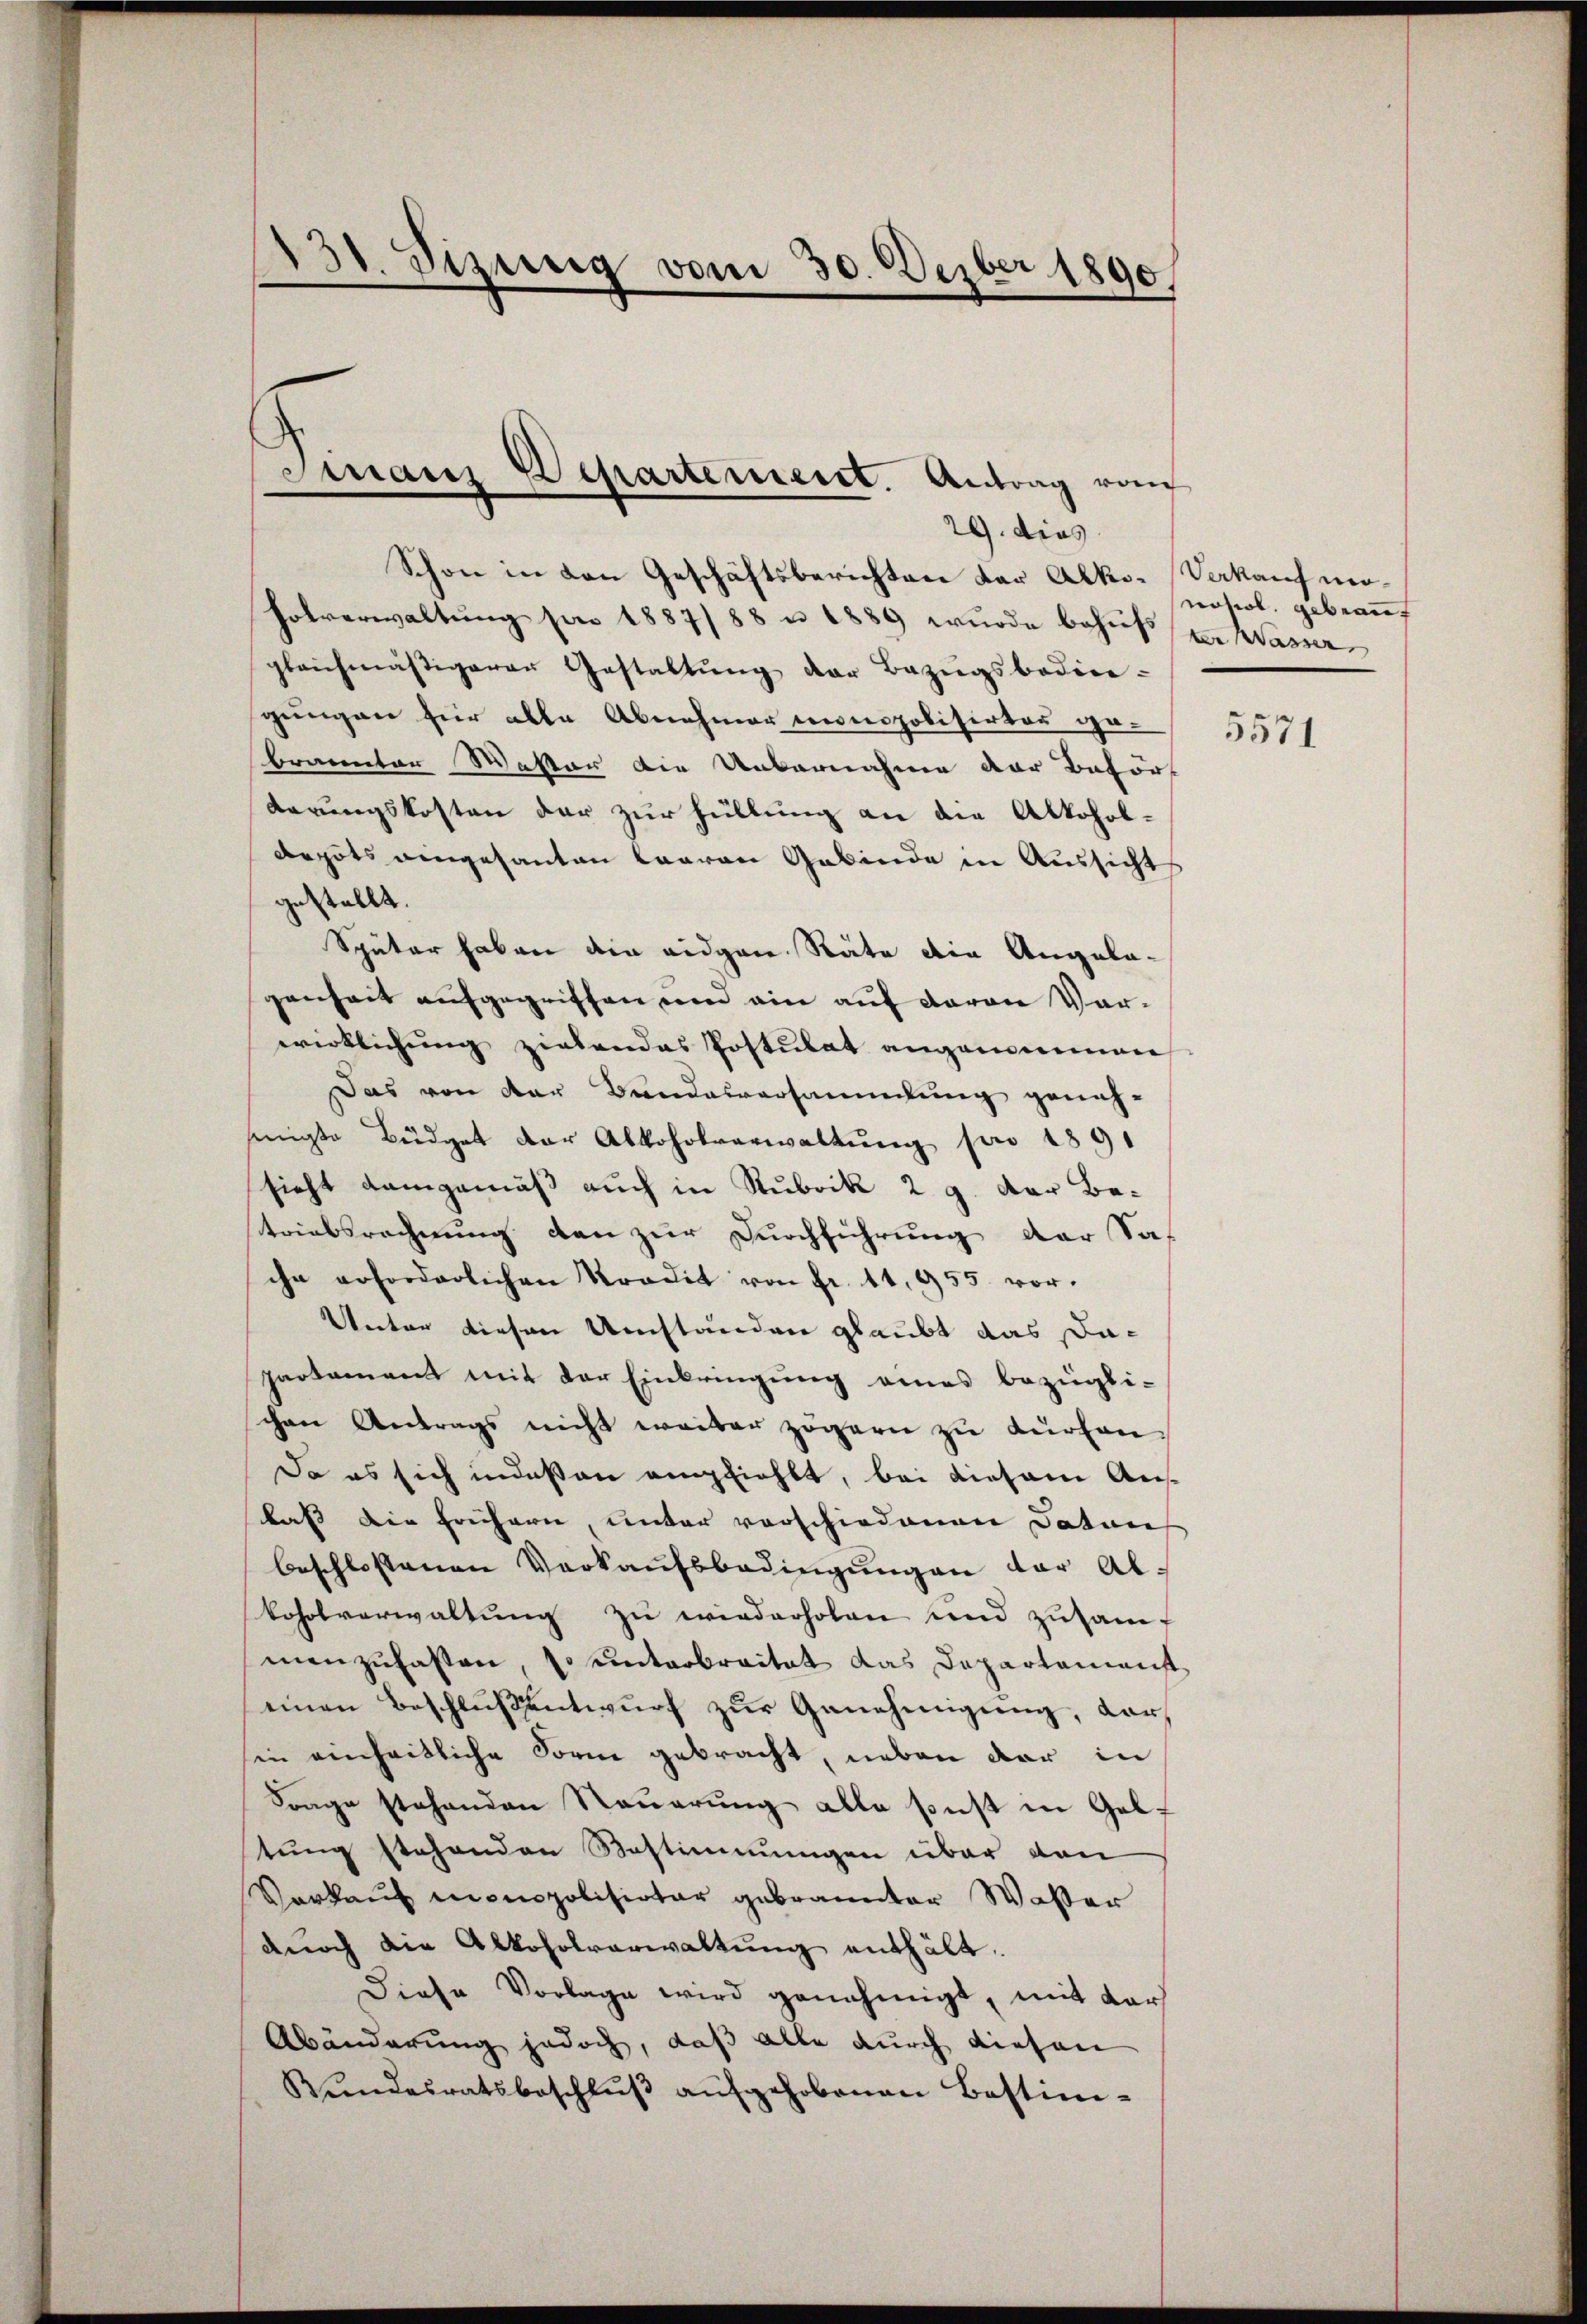
3
Dizung vom 30. Derber 1890.

Schon in den Geschäftsberichten der Alko- Verkauf mo¬
Folverwaltung pro 1887/88 u. 1889 wurde behufer Wasse
gleichmäßigeren Gestaltŭng der Bezŭgsboden-
gungen für alle Abnehmer monopolisirter ge-
brannten Waster die Uebernahme der Beförf
derungskosten der zur Füllung an die Alkoholarguts eingesanten Laaren Gebinde in Aussicht
gestellt.
Sputer haben die eidgen Räte die Angelagenheit aufgegriffen und ein auf davon Vorwirklichung ziehendes Postulat angenommen
Das von der Bundesversammlung genehsinigte Büdget der Abkoholverwaltŭng pro 1891
sieht demgemäß auch in Rubrik 2 9. Der Betriebsrechnung den zur Durchführung der Saf
ihn erforderlichen Tradit von Fr. 11,955. vor.
Unter diesen Umständen glaubt das Dapartement mit der Einbringung eines bezügli-
schen Antrags nicht weiter zögern zu dürfen
Da es sich indeßen empfiehlt, bei diesem Auslass die frühern, unter vorschiedenen Datons
beschlossenen Verkaufsbedingungen der Alkoholverwaltung zu wiederholen und zusam-
manzufassen, so unterbreitet das Departemenst
einen Beschlußentwurf zur Genehmigung, darf
sin einheitliche Form gebracht, neben der in
Frage stehenden Neuerung alle sonst in Gel-
tung stehenden Bestimmungen über den
Vorkauf monopolisiotar gebrannter Waßer
durch die Alkoholverwaltŭng enthält.
Diese Vorlage wird genehmigt, mit dar
Abänderung jedoch, daß alle durch diesen
Bŭndesratsbeschlŭβ aŭfgehobenen Bestim-

Finanz Departement. Antrag von
29. dies

nosol. gebrauf

5571